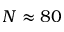
N \approx 8 0